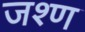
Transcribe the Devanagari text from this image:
जश्ण